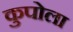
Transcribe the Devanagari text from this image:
कुपोला